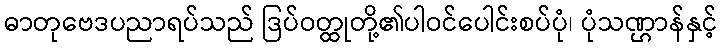
ဓာတုဗေဒပညာရပ်သည် ဒြပ်ဝတ္ထုတို့၏ပါဝင်ပေါင်းစပ်ပုံ၊ ပုံသဏ္ဌာန်နှင့်